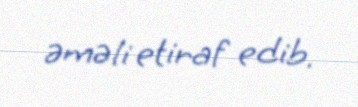
əməli etiraf edib.